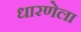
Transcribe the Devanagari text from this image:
धारणेला